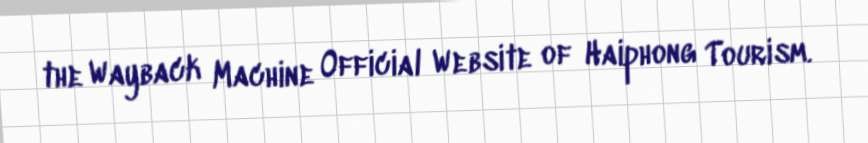
the Wayback Machine Official Website of Haiphong Tourism.